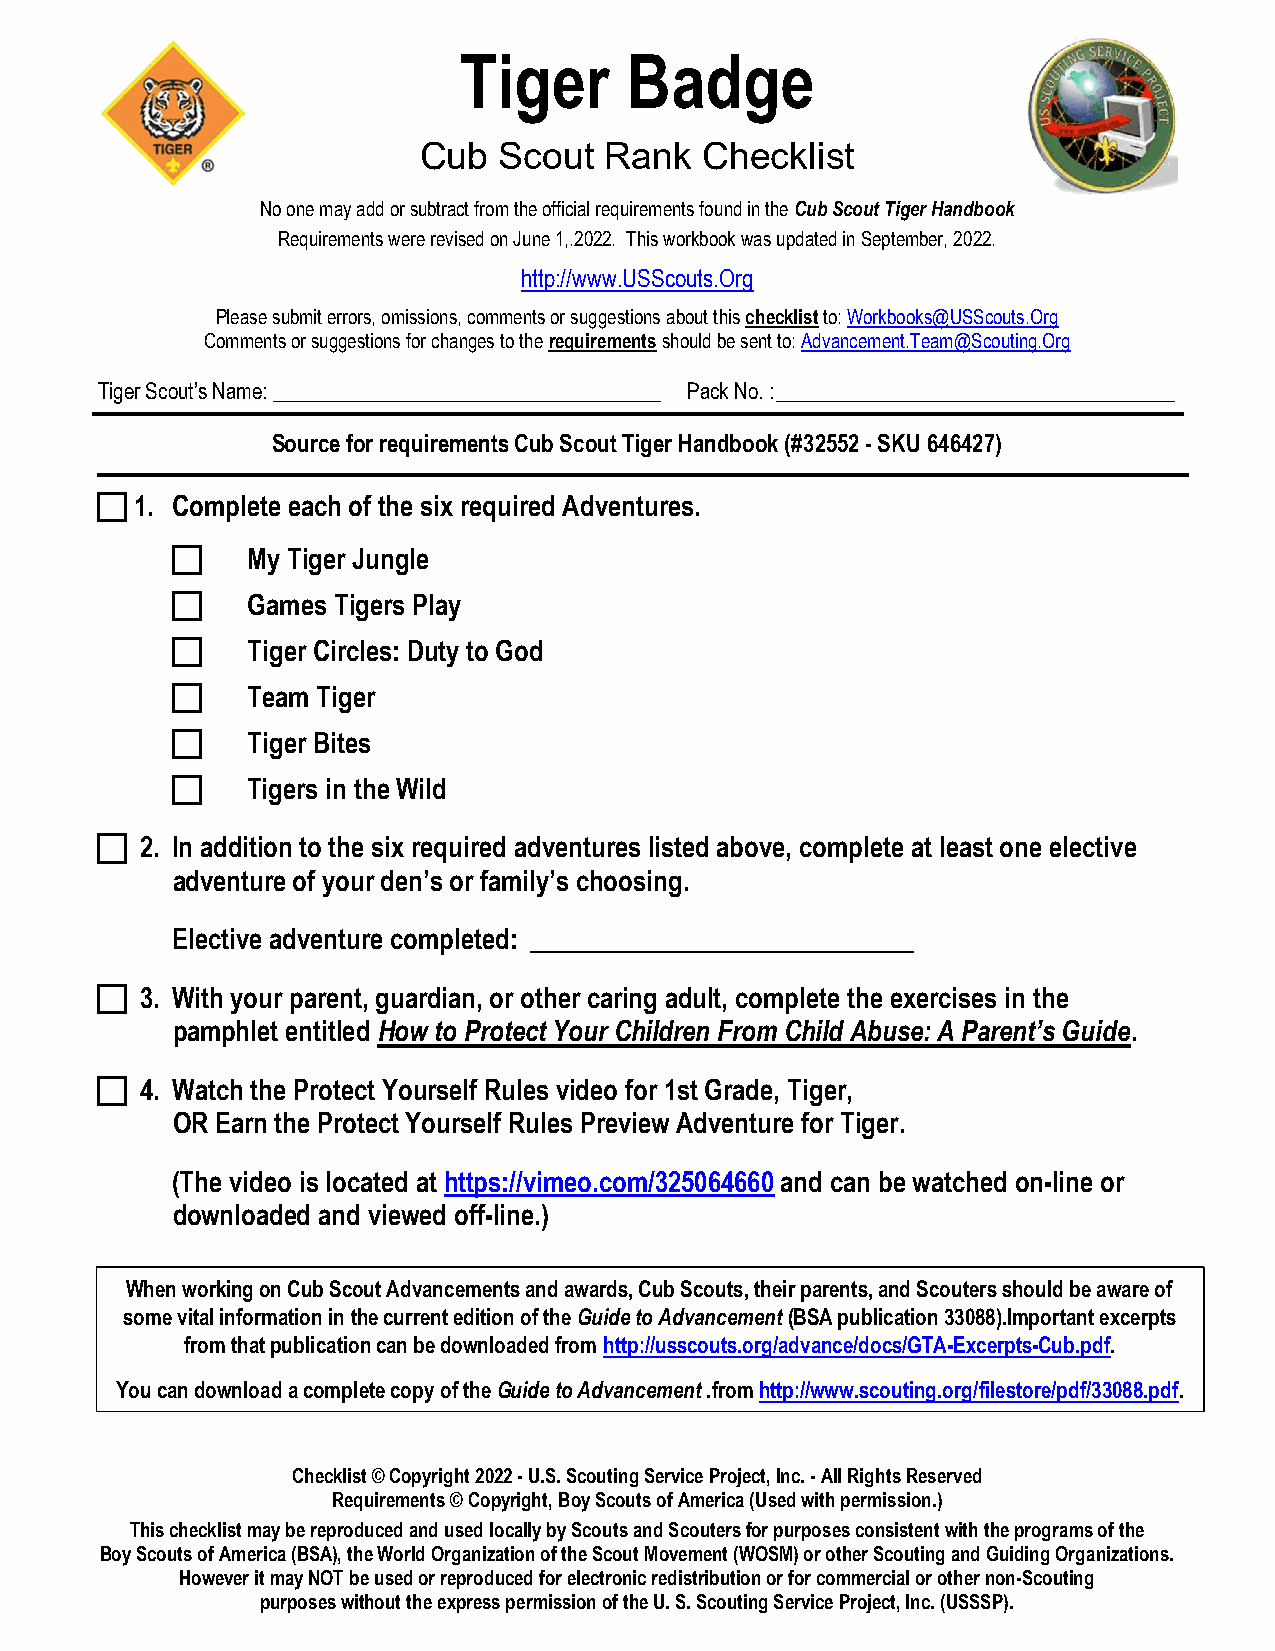
Tiger      Badge
 Cub  Scout  Rank   Checklist
 No one may add or subtract from the official requirements found in the Cub Scout Tiger Handbook
 Requirements were revised on June 1,.2022. This workbook was updated in September, 2022.
 http://www.USScouts.Org
 Please submit errors, omissions, comments or suggestions about this checklist to: Workbooks@USScouts.Org
 Comments or suggestions for changes to the requirements should be sent to: Advancement.Team@Scouting.Org
 Tiger Scout’s Name: _____________________________________ Pack No. : ______________________________________
 Source for requirements Cub Scout Tiger Handbook (#32552 - SKU 646427)
   1. Complete each of the six required Adventures.
     My Tiger Jungle
     Games Tigers Play
     Tiger Circles: Duty to God
     Team Tiger
     Tiger Bites
     Tigers in the Wild
   2. In addition to the six required adventures listed above, complete at least one elective
 adventure of your den’s or family’s choosing.
 Elective adventure completed: _____________________________
   3. With your parent, guardian, or other caring adult, complete the exercises in the
 pamphlet entitled How to Protect Your Children From Child Abuse: A Parent’s Guide.
   4. Watch the Protect Yourself Rules video for 1st Grade, Tiger,
 OR Earn the Protect Yourself Rules Preview Adventure for Tiger.
 (The video is located at https://vimeo.com/325064660 and can be watched on-line or
 downloaded and viewed off-line.)
 When working on Cub Scout Advancements and awards, Cub Scouts, their parents, and Scouters should be aware of
 some vital information in the current edition of the Guide to Advancement (BSA publication 33088).Important excerpts
 from that publication can be downloaded from http://usscouts.org/advance/docs/GTA-Excerpts-Cub.pdf.
 You can download a complete copy of the Guide to Advancement .from http://www.scouting.org/filestore/pdf/33088.pdf.
 Checklist © Copyright 2022 - U.S. Scouting Service Project, Inc. - All Rights Reserved
 Requirements © Copyright, Boy Scouts of America (Used with permission.)
 This checklist may be reproduced and used locally by Scouts and Scouters for purposes consistent with the programs of the
 Boy Scouts of America (BSA), the World Organization of the Scout Movement (WOSM) or other Scouting and Guiding Organizations.
 However it may NOT be used or reproduced for electronic redistribution or for commercial or other non-Scouting
 purposes without the express permission of the U. S. Scouting Service Project, Inc. (USSSP).